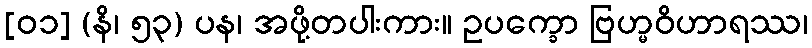
[၀၁] (နိ၊ ၅၃) ပန၊ အဖို့တပါးကား။ ဥပက္ခော ဗြဟ္မဝိဟာရဿ၊